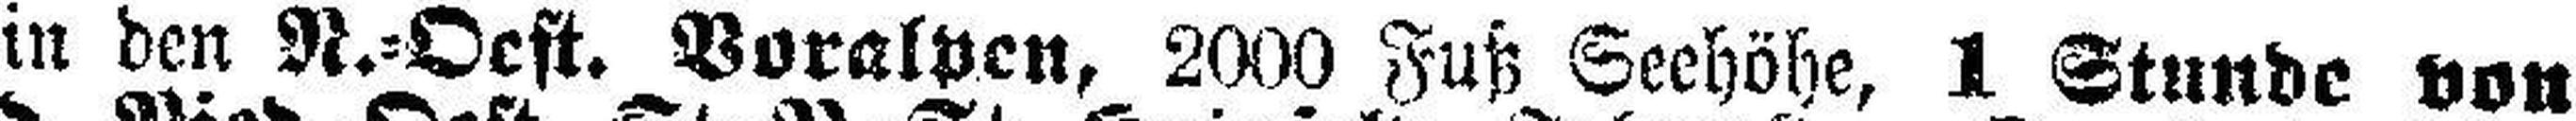
in den N.=Oest. Voralpen, 2000 Fuß Seehöhe, 1 Stunde von